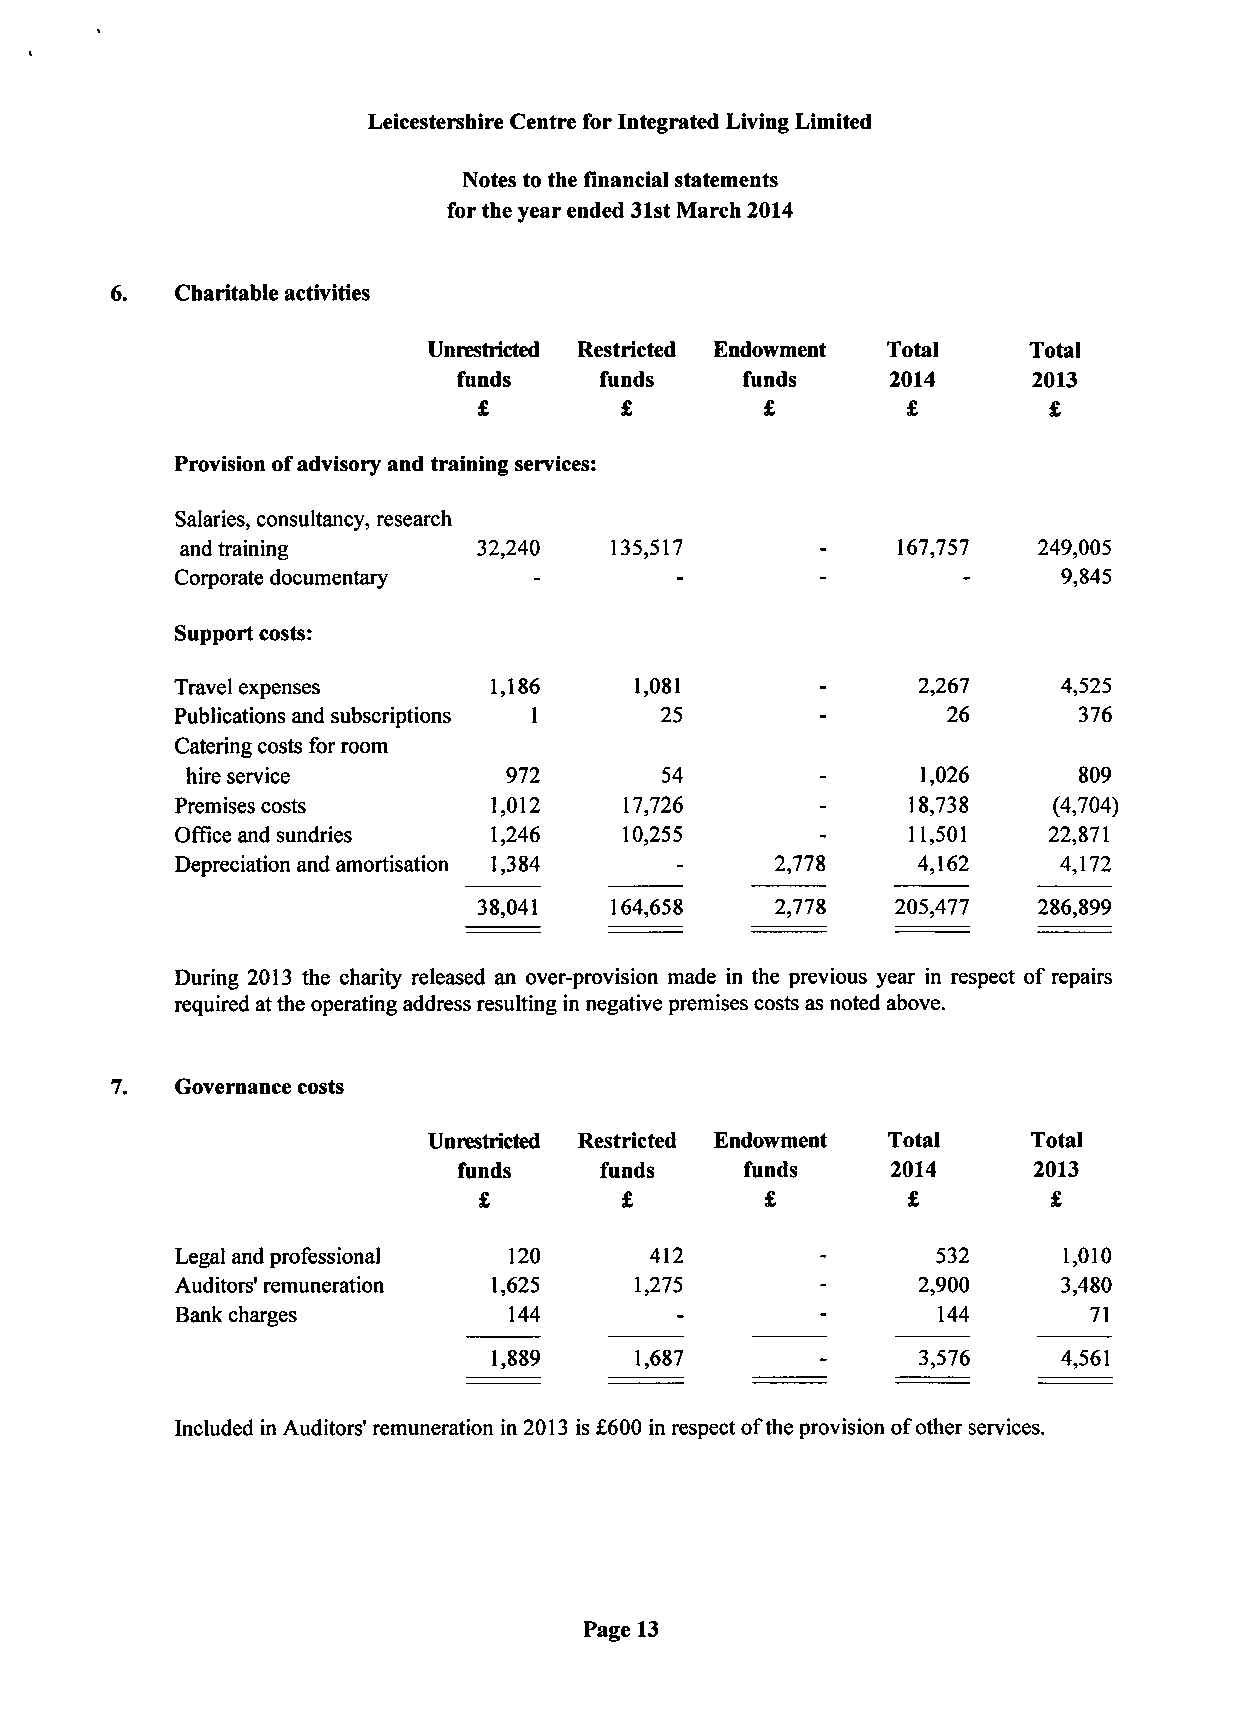
Leicestershire Centre for Integrated Living Limited
 Notes to the financial statements
 for the year ended 31st March 2014
 6.   Charitable activities
 Unrestricted Restricted Endowment Total Total
 funds     funds    funds     2014     2013
 £        £         £        £        £
 Provision of advisory and training services:
 Salaries, consultancy, research
 and training        32,240  135,517       -    167,757   249,005
 Corporate documentary            -        -         -     9,845
 Support costs:
 Travel expenses      1,186    1,081       -      2,267    4,525
 Publications and subscriptions 1 25       -        26      376
 Catering costs for room
 hire service          972       54        -      1,026     809
 Premises costs       1,012   17,726       -     18,738    (4,704)
 Office and sundries  1,246   10,255       -     11,501   22,871
 Depreciation and amortisation 1,384 -  2,778     4,162    4,172
 38,041  164,658    2,778   205,477   286,899
 During 2013 the charity released an over-provision made in the previous year in respect of repairs
 required at the operating address resulting in negative premises costs as noted above.
 Governance costs
 Unrestricted Restricted Endowment Total Total
 funds     funds    funds     2014     2013
 £        £         £        £         £
 Legal and professional 120     412        -       532     1,010
 Auditors' remuneration 1,625  1,275       -      2,900    3,480
 Bank charges          144        -        -       144       71
 1,889    1,687       -      3,576    4,561
 Included in Auditors' remuneration in 2013 is £600 in respect of the provision of other services.
 Page 13